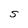
Character: S